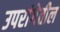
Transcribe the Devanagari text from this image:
उपरांगेतील